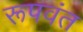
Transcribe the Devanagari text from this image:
रूपवंत